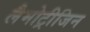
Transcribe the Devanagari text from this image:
लैमोट्रीजिन